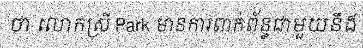
ថា លោកស្រី Park មានការពាក់ព័ន្ធជាមួយនឹង